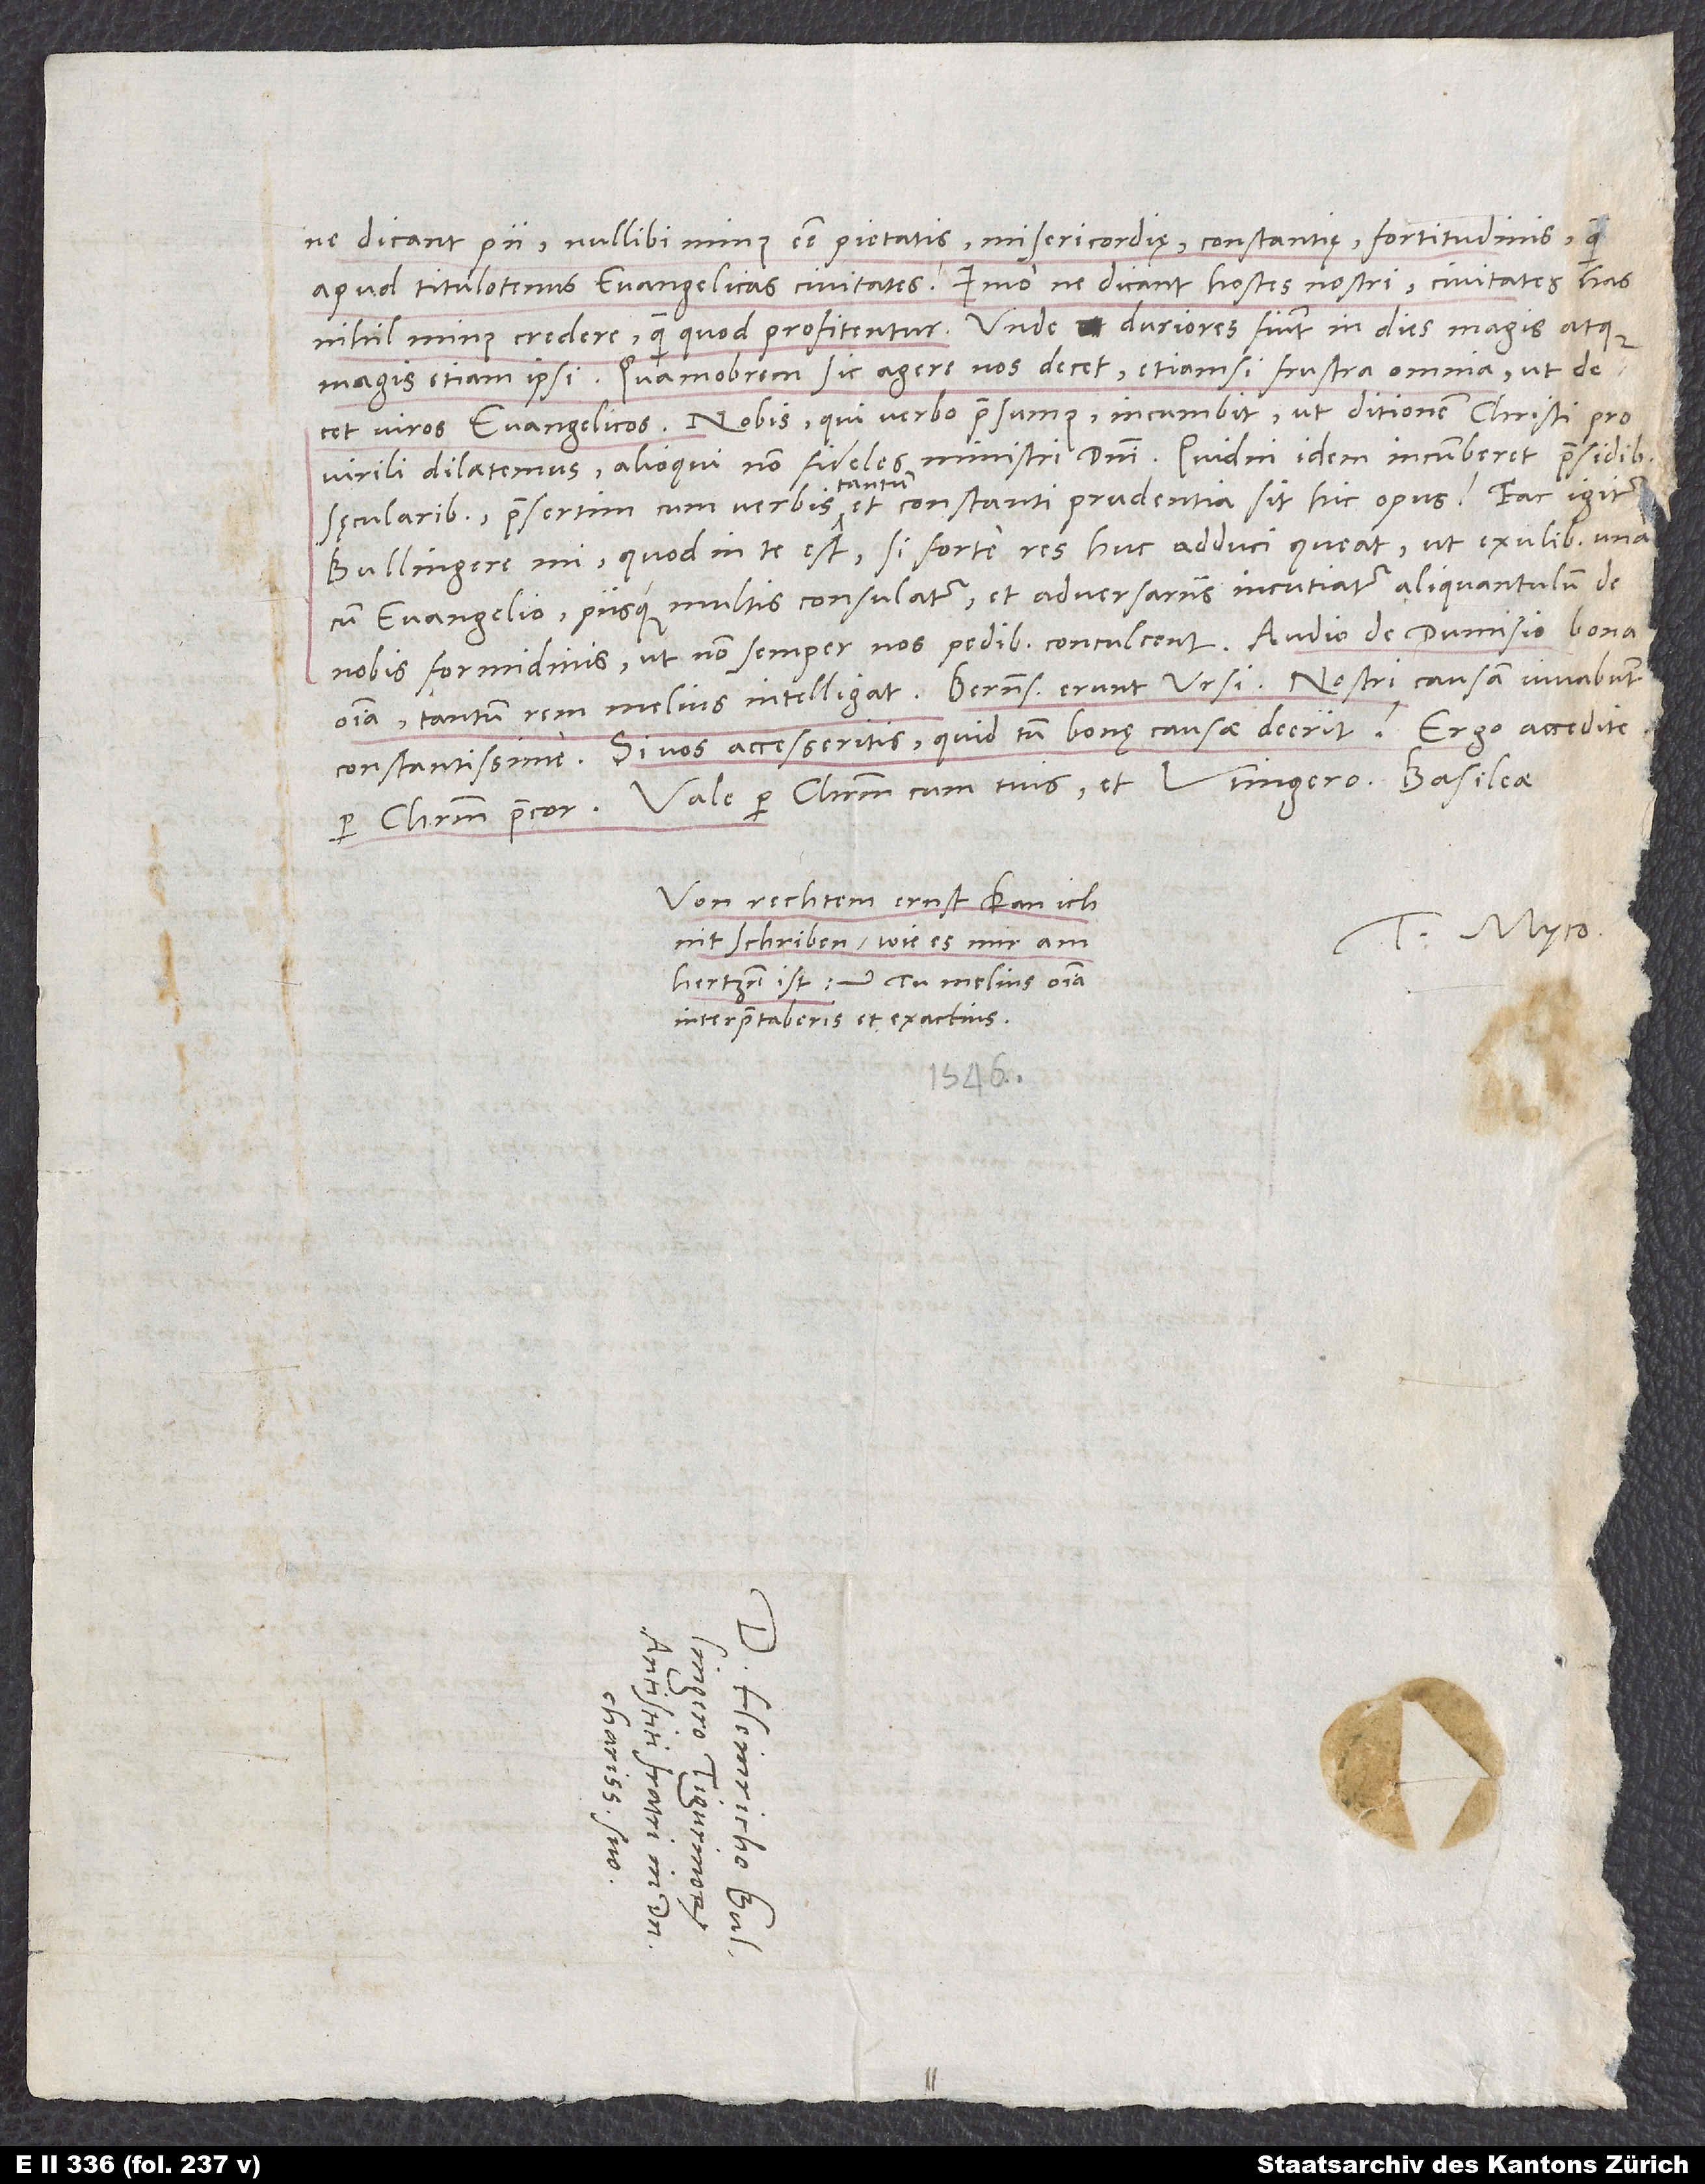
S.

ne dicant pii nullibi minus esse pietatis, misericordię, constantię, fortitudinis, quam
apud titulotenus evangelicas civitates. Imo ne dicant hostes nostri, civitates has
nihil minus credere, quam quod profitentur. Unde duriores fiunt in dies magis atque
magis etiam ipsi. Quamobrem sic agere nos decet, etiamsi frustra omnia, ut decet
viros evangelicos. Nobis, qui verbo praesumus, incumbit, ut ditionem Christi pro
virili dilatemus, alioqui non fideles ministri domini. Quidni idem incumberet praesidibus
sęcularibus, praesertim cum verbis tantum et constanti prudentia sit hic opus? Fac igitur,
Bullingere mi, quod in te est, si forte res huc adduci queat, ut exulibus una
cum evangelio piisque multis consulatur et adversariis incutiatur aliquantulum de
nobis formidinis, ut non semper nos pedibus conculcent. Audio de Dumisio bona
omnia, tantum rem melius intelligat. Bernenses erunt ursi; nostri causam iuvabunt
Si vos accesseritis, quid tum bonę causae deerit? Ergo accedite,
constantissime.
Vale per Christum cum tuis et Utingero.
per Christum precor.
Von rechtem ernst kan ich
Tuus Myco.
nit schriben, wie es mir am
hertzen ist. Tu melius omnia
interpretaberis et exactius.